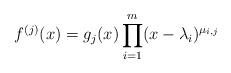
LaTeX: \begin{align*}f^{(j)}(x) = g_j(x) \prod_{i=1}^{m} (x-\lambda_i)^{\mu_{i,j}} \end{align*}